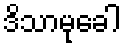
ဒိသာမုခေါ